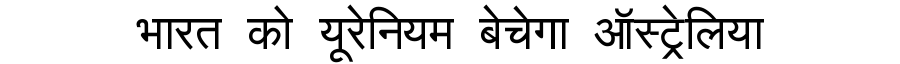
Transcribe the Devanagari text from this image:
भारत को यूरेनियम बेचेगा ऑस्ट्रेलिया